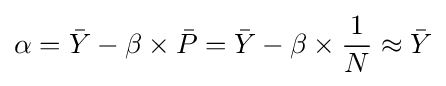
\alpha ={\bar {Y}}-\beta \times {\bar {P}}={\bar {Y}}-\beta \times {\frac {1}{N}}\approx {\bar {Y}}